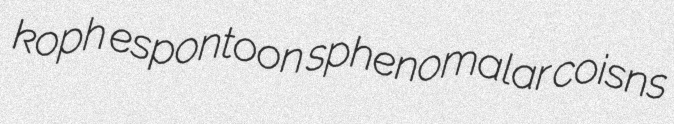
koph espontoon sphenomalar coisns